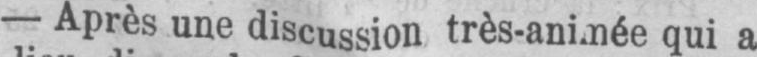
qui a